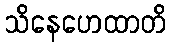
သိနေဟေထာတိ